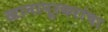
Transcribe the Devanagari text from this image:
खानापूरकरांचा